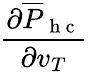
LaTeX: \frac{\partial\overline{{P}}_{\mathrm{~h~c~}}}{\partial v_{T}}